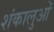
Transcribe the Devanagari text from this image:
शंकालुओं